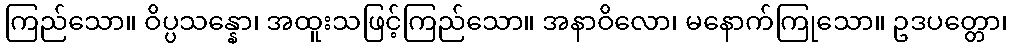
ကြည်သော။ ဝိပ္ပသန္နော၊ အထူးသဖြင့်ကြည်သော။ အနာဝိလော၊ မနောက်ကြုသော။ ဥဒပတ္တော၊